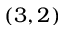
( 3 , 2 )